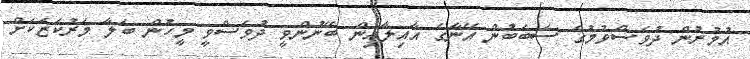
އުމުރުން ދުވަސްވުމުގެ ސަބަބުން އޭނާގެ އާއިލާއިން ބޭނުންވީ ދުވަސްވީ މީހުން ބަލާ މަރުކަޒަކަށް